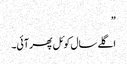
”
اگلے سال کوئل پھر آئی۔